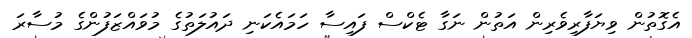
އެގޮތުން ވިޔަފާރިވެރިން އަތުން ނަގާ ޓެކްސް ފައިސާ ހަމައެކަނި ދައުލަތުގެ މުވައްޒަފުންގެ މުސާރަ